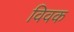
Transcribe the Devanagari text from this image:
विवक